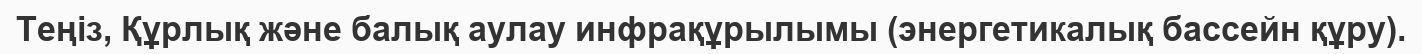
Теңіз, Құрлық және балық аулау инфрақұрылымы (энергетикалық бассейн құру).